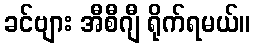
ခင်ဗျား အီစီဂျီ ရိုက်ရမယ်။